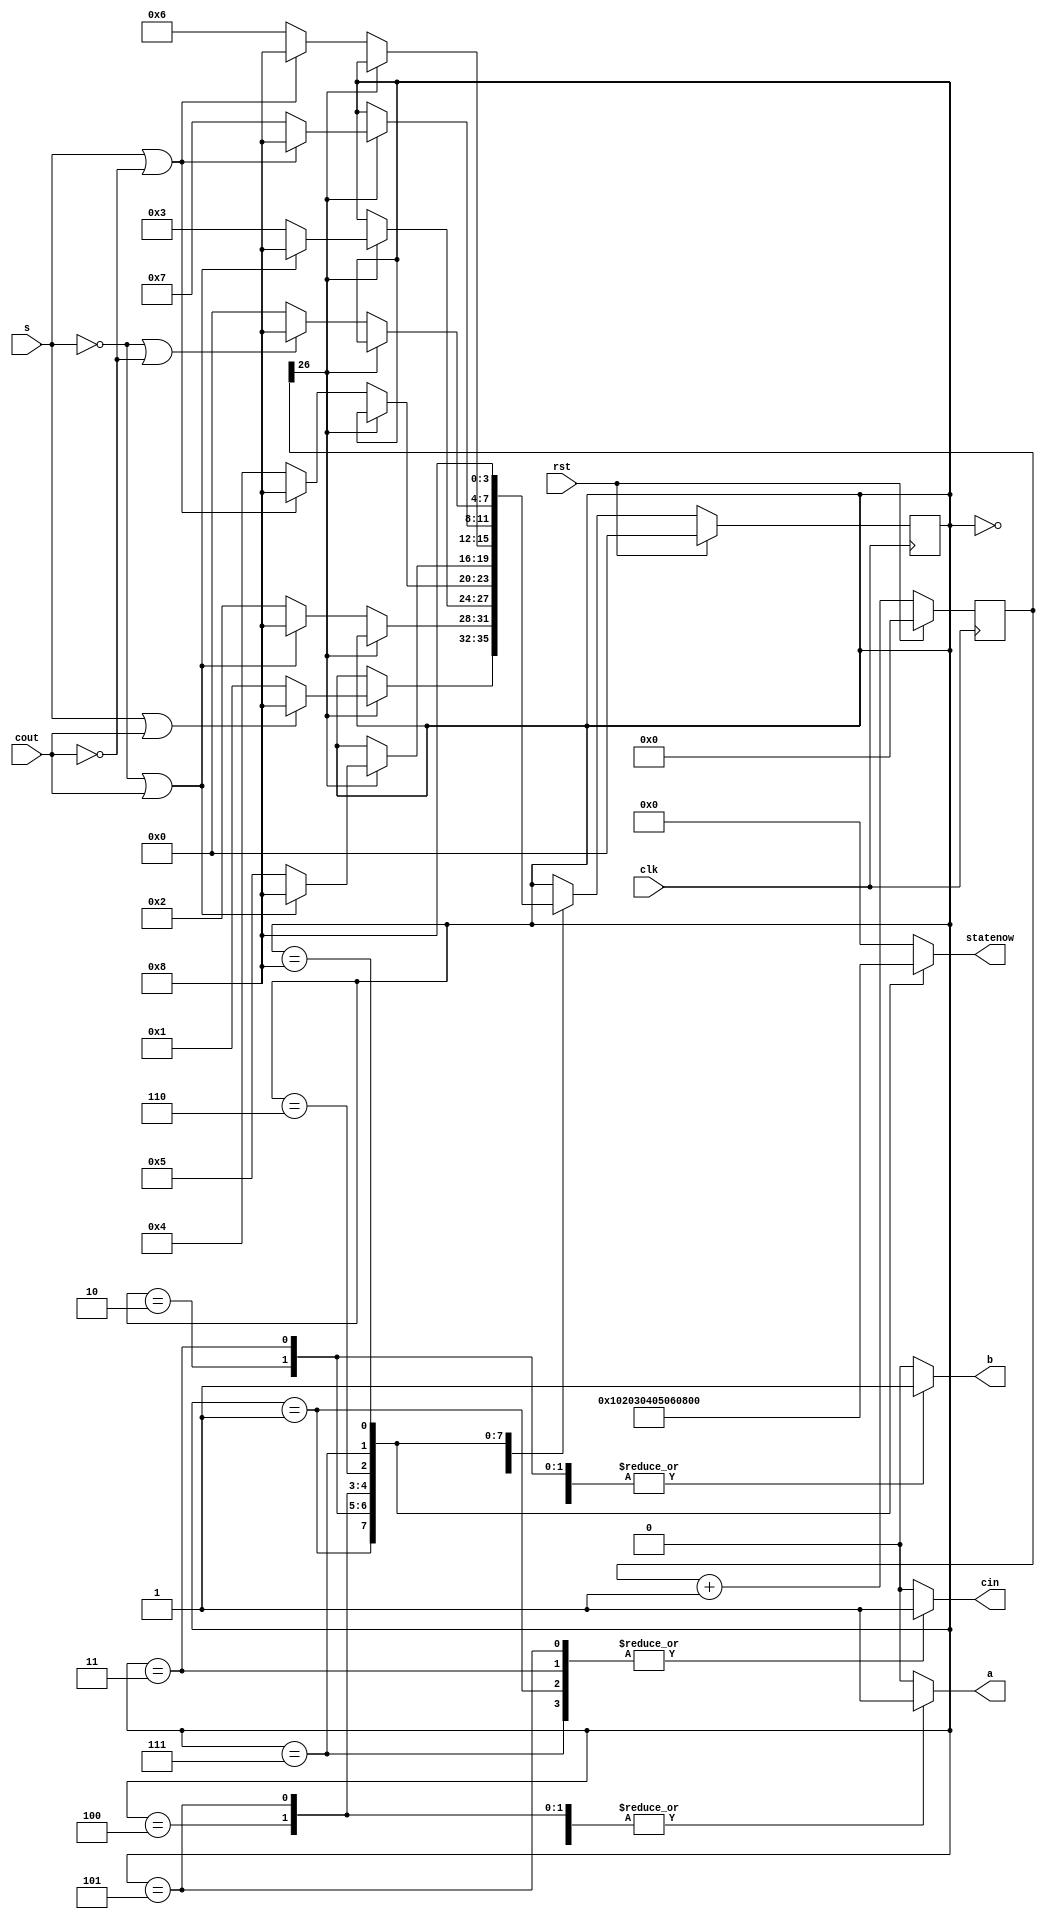
/*
   This file was generated automatically by the Mojo IDE version B1.3.6.
   Do not edit this file directly. Instead edit the original Lucid source.
   This is a temporary file and any changes made to it will be destroyed.
*/

module fa_fsm_2 (
    input clk,
    input rst,
    output reg a,
    output reg b,
    output reg cin,
    input s,
    input cout,
    output reg [7:0] statenow
  );
  
  
  
  reg [26:0] M_counter_d, M_counter_q = 1'h0;
  localparam ONE_state = 4'd0;
  localparam TWO_state = 4'd1;
  localparam THREE_state = 4'd2;
  localparam FOUR_state = 4'd3;
  localparam FIVE_state = 4'd4;
  localparam SIX_state = 4'd5;
  localparam SEVEN_state = 4'd6;
  localparam EIGHT_state = 4'd7;
  localparam ERROR_state = 4'd8;
  
  reg [3:0] M_state_d, M_state_q = ONE_state;
  
  always @* begin
    M_state_d = M_state_q;
    M_counter_d = M_counter_q;
    
    M_counter_d = M_counter_q + 1'h1;
    a = 1'h0;
    b = 1'h0;
    cin = 1'h0;
    statenow = 8'h00;
    
    case (M_state_q)
      ONE_state: begin
        a = 1'h0;
        statenow = 8'h00;
        b = 1'h0;
        cin = 1'h0;
        if (M_counter_q[26+0-:1] == 1'h1) begin
          if (s != 1'h0 || cout != 1'h0) begin
            M_state_d = ERROR_state;
          end else begin
            M_state_d = TWO_state;
          end
        end
      end
      TWO_state: begin
        a = 1'h0;
        b = 1'h0;
        cin = 1'h1;
        statenow = 8'h01;
        if (M_counter_q[26+0-:1] == 1'h0) begin
          if (s != 1'h1 || cout != 1'h0) begin
            M_state_d = ERROR_state;
          end else begin
            M_state_d = THREE_state;
          end
        end
      end
      THREE_state: begin
        a = 1'h0;
        b = 1'h1;
        cin = 1'h0;
        statenow = 8'h02;
        if (M_counter_q[26+0-:1] == 1'h1) begin
          if (s != 1'h1 || cout != 1'h0) begin
            M_state_d = ERROR_state;
          end else begin
            M_state_d = FOUR_state;
          end
        end
      end
      FOUR_state: begin
        a = 1'h0;
        b = 1'h1;
        cin = 1'h1;
        statenow = 8'h03;
        if (M_counter_q[26+0-:1] == 1'h0) begin
          if (s != 1'h0 || cout != 1'h1) begin
            M_state_d = ERROR_state;
          end else begin
            M_state_d = FIVE_state;
          end
        end
      end
      FIVE_state: begin
        a = 1'h1;
        b = 1'h0;
        cin = 1'h0;
        statenow = 8'h04;
        if (M_counter_q[26+0-:1] == 1'h1) begin
          if (s != 1'h1 || cout != 1'h0) begin
            M_state_d = ERROR_state;
          end else begin
            M_state_d = SIX_state;
          end
        end
      end
      SIX_state: begin
        a = 1'h1;
        b = 1'h0;
        cin = 1'h1;
        statenow = 8'h05;
        if (M_counter_q[26+0-:1] == 1'h0) begin
          if (s != 1'h0 || cout != 1'h1) begin
            M_state_d = ERROR_state;
          end else begin
            M_state_d = SEVEN_state;
          end
        end
      end
      SEVEN_state: begin
        a = 1'h1;
        b = 1'h1;
        cin = 1'h0;
        statenow = 8'h06;
        if (M_counter_q[26+0-:1] == 1'h1) begin
          if (s != 1'h0 || cout != 1'h1) begin
            M_state_d = ERROR_state;
          end else begin
            M_state_d = EIGHT_state;
          end
        end
      end
      EIGHT_state: begin
        a = 1'h1;
        b = 1'h1;
        cin = 1'h1;
        statenow = 8'h07;
        if (M_counter_q[26+0-:1] == 1'h0) begin
          if (s != 1'h1 || cout != 1'h1) begin
            M_state_d = ERROR_state;
          end else begin
            M_state_d = ONE_state;
          end
        end
      end
      ERROR_state: begin
        a = 1'h0;
        b = 1'h0;
        cin = 1'h0;
        statenow = 8'hff;
        M_state_d = ERROR_state;
      end
    endcase
  end
  
  always @(posedge clk) begin
    if (rst == 1'b1) begin
      M_counter_q <= 1'h0;
    end else begin
      M_counter_q <= M_counter_d;
    end
  end
  
  
  always @(posedge clk) begin
    if (rst == 1'b1) begin
      M_state_q <= 1'h0;
    end else begin
      M_state_q <= M_state_d;
    end
  end
  
endmodule